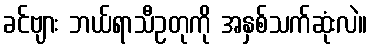
ခင်ဗျား ဘယ်ရာသီဥတုကို အနှစ်သက်ဆုံးလဲ။